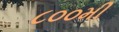
૮૦૦મી